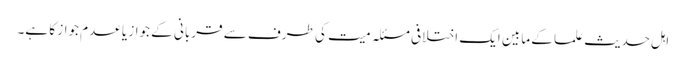
اہل حدیث علما کے مابین ایک اختلافی مسئلہ میت کی طرف سے قربانی کے جواز یا عدم جواز کا ہے۔